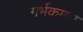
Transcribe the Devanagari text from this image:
गर्भकमल